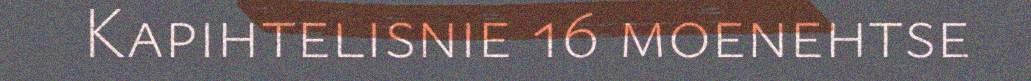
Kapihtelisnie 16 moenehtse